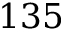
1 3 5